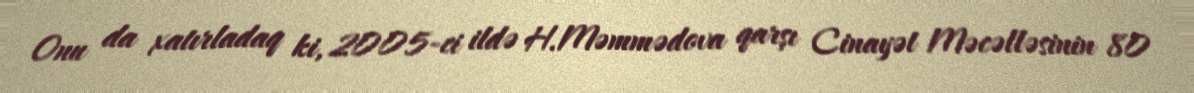
Onu da xatırladaq ki, 2005-ci ildə H.Məmmədova qarşı Cinayət Məcəlləsinin 80